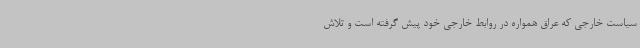
سیاست خارجی که عراق همواره در روابط خارجی خود پیش گرفته است و تلاش